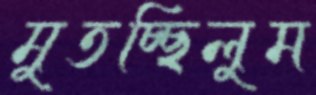
মুতচ্ছিলুম